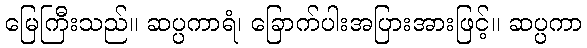
မြေကြီးသည်။ ဆပ္ပကာရံ၊ ခြောက်ပါးအပြားအားဖြင့်။ ဆပ္ပကာ